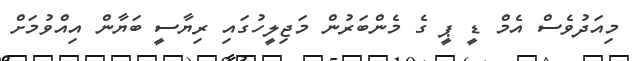
މިއަދުވެސް އެމް ޑީ ޕީ ގެ މެންބަރުން މަޖިލީހުގައި ރިޔާސީ ބަޔާން އިއްވުމަށް